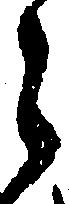
之